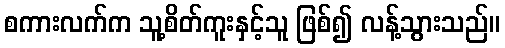
စကားလက်က သူ့စိတ်ကူးနှင့်သူ ဖြစ်၍ လန့်သွားသည်။